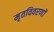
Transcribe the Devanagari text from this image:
मृतविवरणों